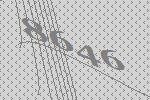
8646